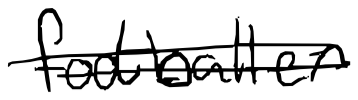
Text: footballer
Cross-out: double-line
Writing tool: digital_black